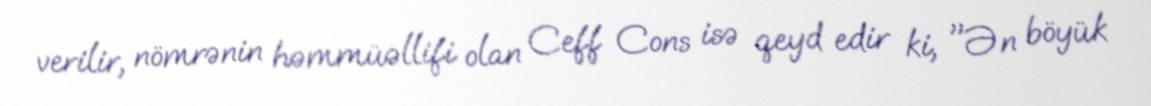
verilir, nömrənin həmmüəllifi olan Ceff Cons isə qeyd edir ki, "Ən böyük